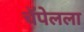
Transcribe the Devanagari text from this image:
चॅपेलला